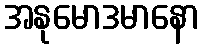
အနုမောဒမာနော